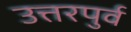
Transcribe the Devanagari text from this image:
उत्तरपुर्व